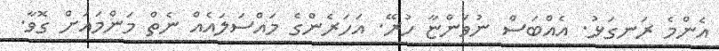
އެންމެ ރަނގަޅު. އެއްބަސް ނުވަންޏާ ހުރޭ. އަހަރެންގެ މައްސަލައެއް ނެތް މަންމައަށް ގޮވާ.